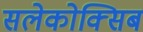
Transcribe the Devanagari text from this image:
सलेकोक्सिब